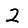
Digit: 2